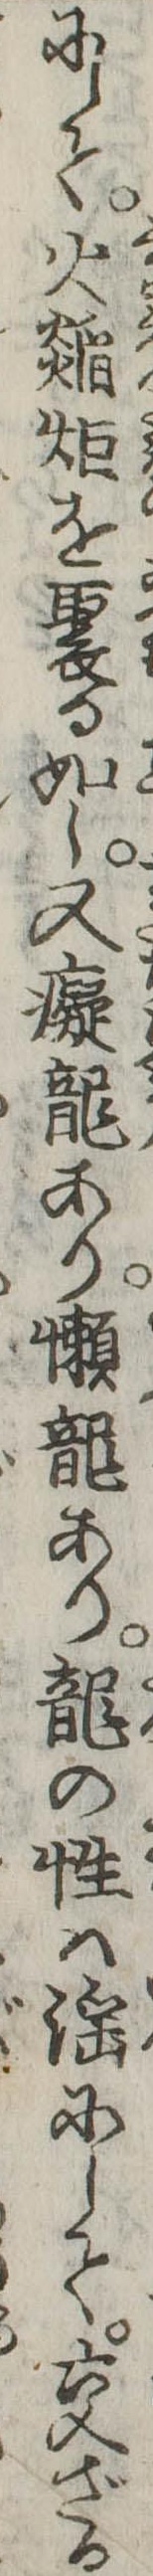
にして火焔炬を聚る如し又痴竜あり懶竜あり竜の性は淫にして交ざる